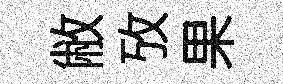
敝攷果